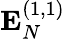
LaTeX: \mathbf{E}_{N}^{(1,1)}